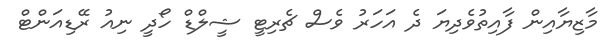
މާޒިޔާއިން ފާއިތުވެދިޔަ ދެ އަހަރު ވެސް ޗެރިޓީ ޝީލްޑް ހޯދީ ނިއު ރޭޑިއަންޓް